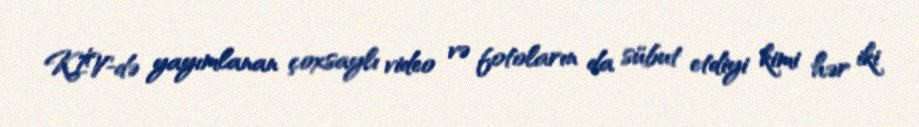
KİV-də yayımlanan çoxsaylı video və fotoların da sübut etdiyi kimi hər iki